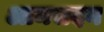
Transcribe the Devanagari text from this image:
आमसदन